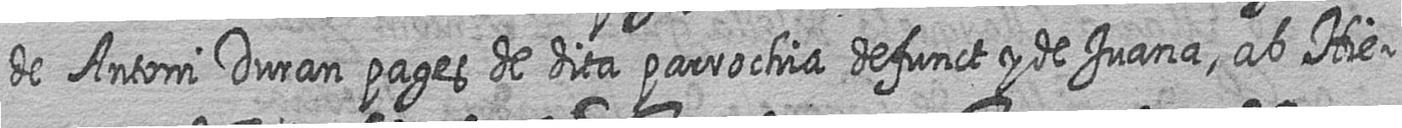
de Antoni Duran pages de dita parrochia defunct y de Juana ab Hie=